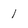
Character: l